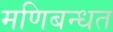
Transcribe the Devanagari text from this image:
मणिबन्धत